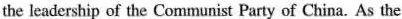
the leadership of the Communist Party of China. As the